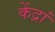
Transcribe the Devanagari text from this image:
केंद्रां